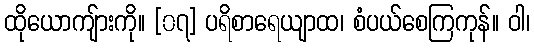
ထိုယောကျ်ားကို။ [၀၇] ပရိစာရေယျာထ၊ စံပယ်စေကြကုန်။ ဝါ၊